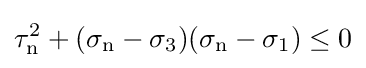
\tau _{\mathrm {n} }^{2}+(\sigma _{\mathrm {n} }-\sigma _{3})(\sigma _{\mathrm {n} }-\sigma _{1})\leq 0